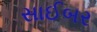
સાઈબર